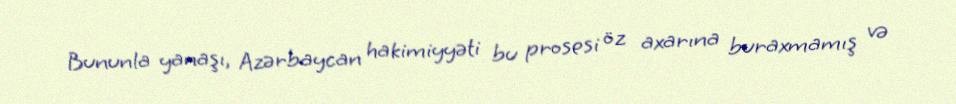
Bununla yanaşı, Azərbaycan hakimiyyəti bu prosesi öz axarına buraxmamış və